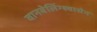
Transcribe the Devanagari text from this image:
वानबेलिंग्श्वासेन